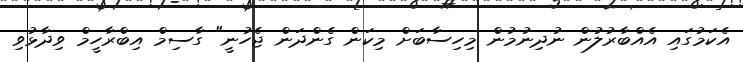
އެކަމުގައި އެއްބާރުލުން ނުދިނުމުން މިހިސާބަށް މިކަން ގެންދަން ޖެހުނީ" ގާސިމް އިބްރާހީމް ވިދާޅުވި